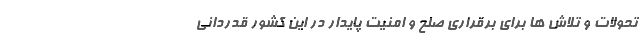
تحولات و تلاش ها برای برقراری صلح و امنیت پایدار در این کشور قدردانی